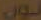
نون